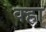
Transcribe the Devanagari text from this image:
क्हा